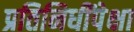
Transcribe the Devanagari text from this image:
प्रतिनिधींपेक्षा